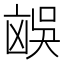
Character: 𪞻